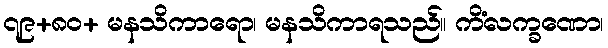
၇၉+၈၀+ မနသိကာရော၊ မနသိကာရသည်။ ကိံလက္ခဏော၊